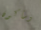
وسأكون